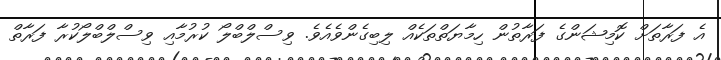
އެ ފަރާތަށް ކޮމިޝަންގެ ފަރާތުން ހިމާޔަތްތަކެއް ލިބިގެންވެއެވެ. ވިސްލްބްލޯ ކުރުމާއި ވިސްލްބްލޯކުރާ ފަރާތް